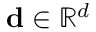
\mathbf { d } \in \mathbb { R } ^ { d }